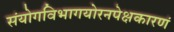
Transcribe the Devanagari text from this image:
संयोगविभागयोरनपेक्षकारणं